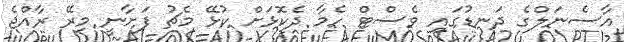
އާސެނަލްގެ ދަނޑުގައި ވެސްޓް ހެމާ ދެކޮޅަށް ކުޅޭ މެޗު ފަށާނީ މިރޭ ރާއްޖެ